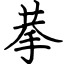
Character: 拲